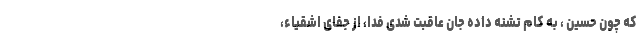
که چون حسین ، به کام تشنه داده جان عاقبت شدی فدا، از جفای اَشقیاء،